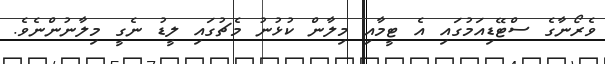
ވެރޯނާގެ ސްޓޭޑިއަމުގައި އެ ޓީމާއި މިލާން ކުޅުނު މެޗުގައި ލީޑު ނެގީ މިލާނުންނެވެ.